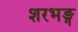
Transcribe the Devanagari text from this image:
शरभङ्ग